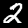
Label: 2